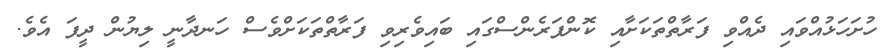
ހުށަހަޅުއްވައި ދެއްވި ފަރާތްތަކަށާއި ކޮންފަރެންސްގައި ބައިވެރިވި ފަރާތްތަކަށްވެސް ހަނދާނީ ލިޔުން ދީފަ އެވެ.